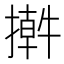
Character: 𢵕